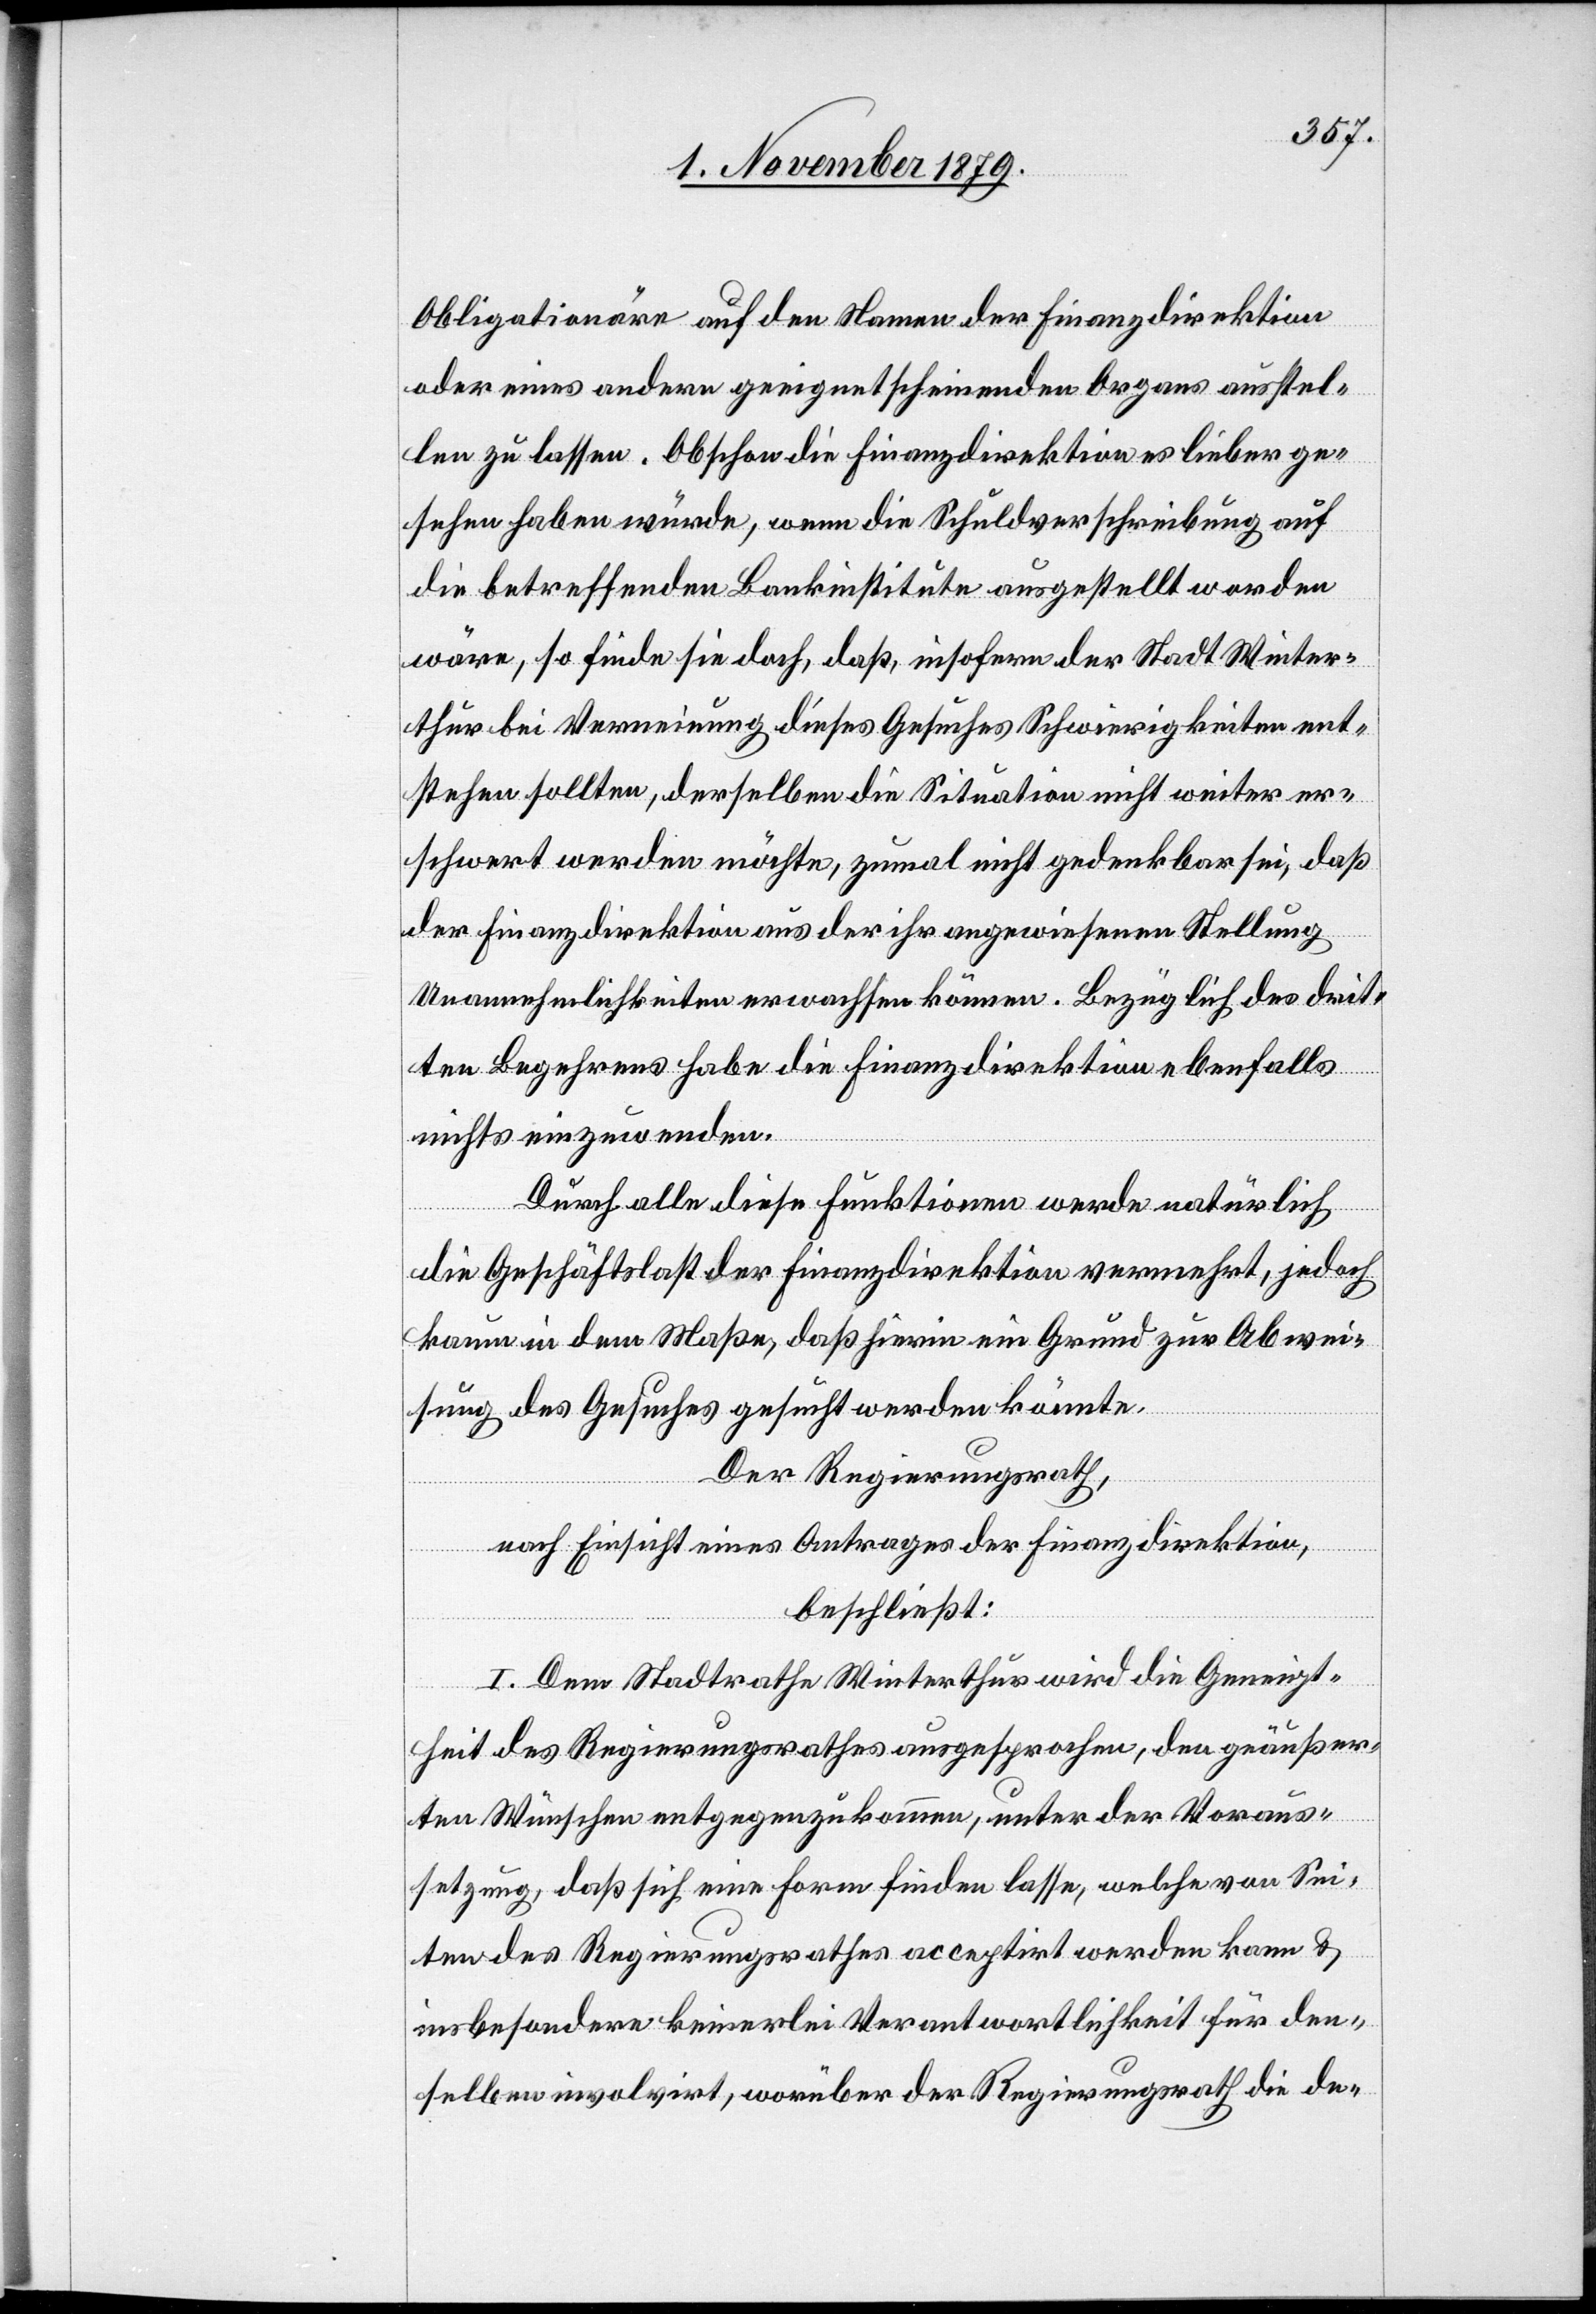
Obligationäre auf den Namen der Finanzdirektion
oder eines andern geeignet scheinenden Organs ausstel¬
len zu lassen. Obschon die Finanzdirektion es lieber ge¬
sehen haben würde, wenn die Schuldverschreibung auf
die betreffenden Bankinstitute ausgestellt worden
wäre, so finde sie doch, daß, insofern der Stadt Winter¬
thur bei Verneinung dieses Gesuches Schwierigkeiten ent¬
stehen sollten, derselben die Situation nicht weiter er¬
schwert werden möchte, zumal nicht gedenkbar sei, daß
der Finanzdirektion aus der ihr angewiesenen Stellung
Unannehmlichkeiten erwachsen können. Bezüglich des drit¬
ten Begehrens habe die Finanzdirektion ebenfalls
nichts einzuwenden.
Durch alle diese Funktionen werde natürlich
die Geschäftslast der Finanzdirektion vermehrt, jedoch
kaum in dem Maße, daß hierin ein Grund zur Abwei¬
sung des Gesuches gesucht werden könnte.
Der Regierungsrath,
nach Einsicht eines Antrages der Finanzdirektion,
beschließt:
I. Dem Stadtrath Winterthur wird die Geneigt¬
heit des Regierungsrathes ausgesprochen, den geäußer¬
ten Wünschen entgegenzukommen, unter der Voraus¬
setzung, daß sich eine Form finden lasse, welche von Sei¬
ten des Regierungsrathes acceptirt werden kann &
insbesondere keinerlei Verantwortlichkeit für den¬
selben involvirt, worüber der Regierungsrath die de-